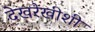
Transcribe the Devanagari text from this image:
देखरेखीशी